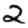
Digit: 2